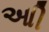
આી